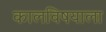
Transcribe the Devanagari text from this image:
कालविषयाला